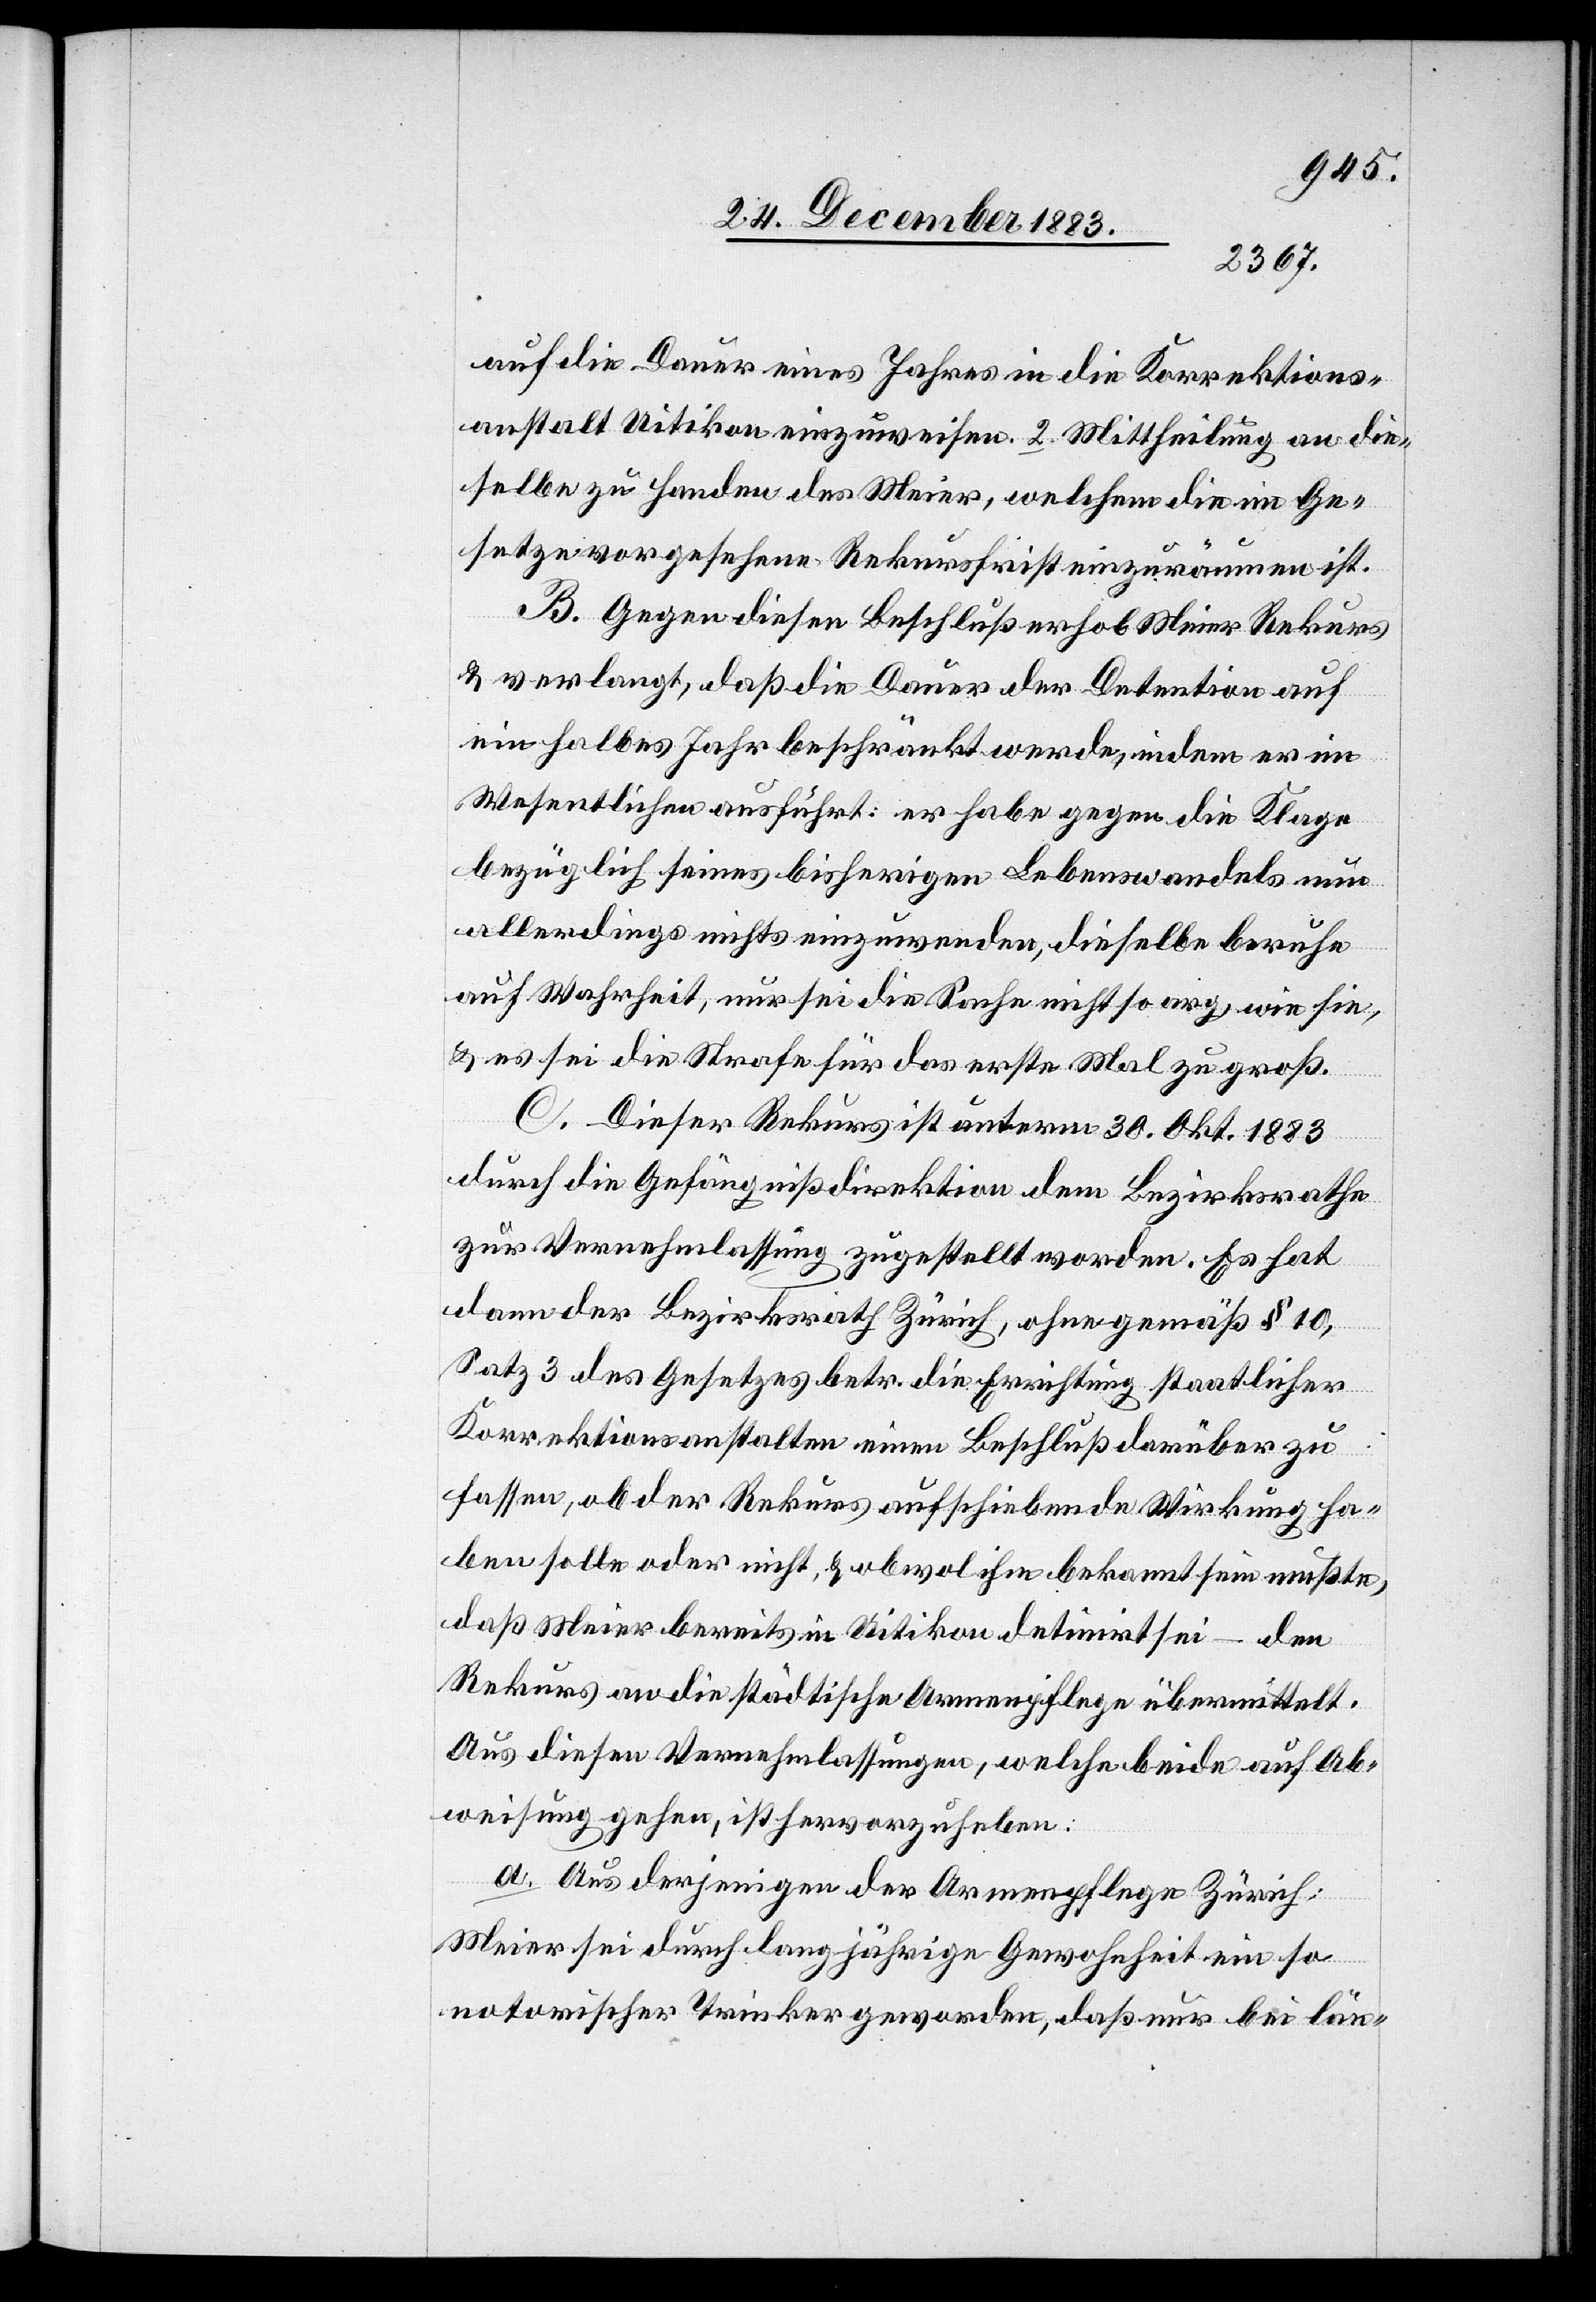
auf die Dauer eines Jahres in die Korrektions¬
anstalt Uitikon einzuweisen. 2. Mittheilung an die¬
selbe zu Handen des Meier, welchem die im Ge¬
setze vorgesehene Rekursfrist einzuräumen ist.
B. Gegen diesen Beschluß erhob Meier Rekurs
& verlangt, daß die Dauer der Detention auf
ein halbes Jahr beschränkt werde, indem er im
Wesentlichen ausführt: er habe gegen die Klage
bezüglich seines bisherigen Lebenswandels nun
allerdings nichts einzuwenden, dieselbe beruhe
auf Wahrheit, nur sei die Sache nicht so arg, wie hie,
& es sei die Strafe für das erste Mal zu groß.
C. Dieser Rekurs ist unterm 30. Okt. 1883
durch die Gefängnißdirektion dem Bezirksrathe
zur Vernehmlassung zugestellt worden. Es hat
dann der Bezirksrath Zürich, ohne gemäß § 10,
Satz 3 des Gesetzes betr. die Errichtung staatlicher
Korrektionsanstalten einen Beschluß darüber zu
fassen, ob der Rekurs aufschiebende Wirkung ha¬
ben solle oder nicht, & obwol ihm bekannt sein mußte,
daß Meier bereits in Uitikon detinirt sei – den
Rekurs an die städtische Armenpflege übermittelt.
Aus diesen Vernehmlassungen, welche beide auf Ab¬
weisung gehen, ist hervorzuheben:
a. Aus derjenigen der Armenpflege Zürich;
Meier sei durch langjährige Gewohnheit ein so
notorischer Trinker geworden, daß nur bei län-